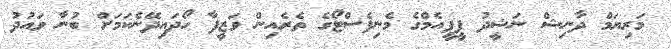
މަރިޔަމް ދާނިޝް ނަޝީދު ޕީޕީއެމްގެ މެނިފެސްޓޯގެ ތެރެއިން ވަޒީފާ ހޯދައިދޭނެކަމަށް ބުނާ ވައުދު